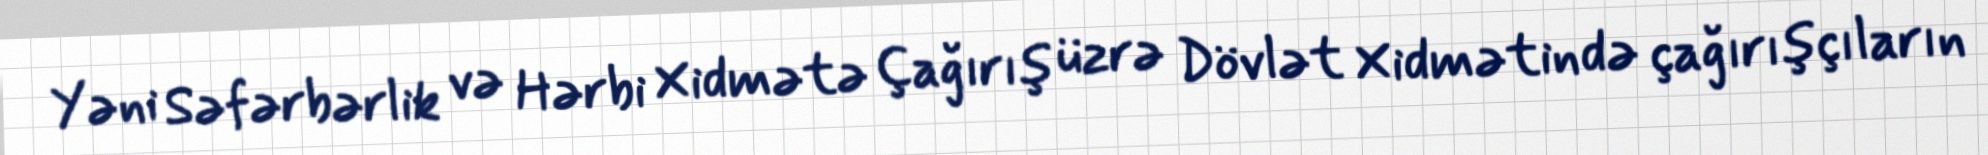
Yəni Səfərbərlik və Hərbi Xidmətə Çağırış üzrə Dövlət Xidmətində çağırışçıların